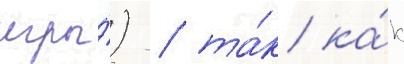
игры́) / та́к ка́к